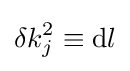
\delta k_{j}^{2}\equiv \mathrm {d} l